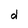
Character: d